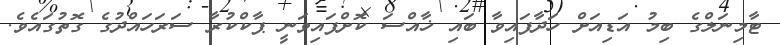
ޓާމިނަލްގެ ބިމު އަޑިއަށް ހަދާފައިވާ ބައި ޚާއްސަ ކޮށްފައިވަނީ ޕާކްކުރާ ސަރަހައްދުގެ ގޮތުގައެވެ.